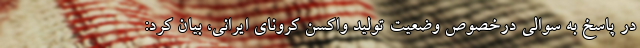
در پاسخ به سوالی درخصوص وضعیت تولید واکسن کرونای ایرانی، بیان کرد: